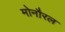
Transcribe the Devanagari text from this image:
मोनौरल